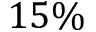
1 5 \%